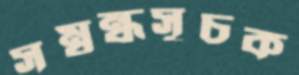
সম্বন্ধসূচক